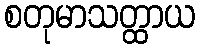
စတုမာသတ္ထာယ